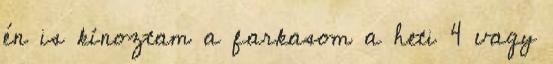
én is kínoztam a farkasom a heti 4 vagy